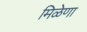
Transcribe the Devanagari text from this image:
मिळेणा